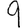
Digit: 9